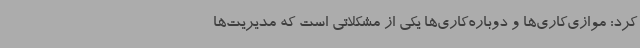
کرد: موازی‌کاری‌ها و دوباره‌کاری‌ها یکی از مشکلاتی است که مدیریت‌ها